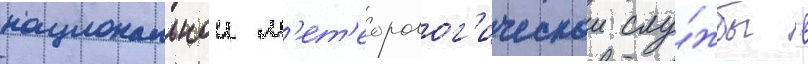
национальнои м'ет'еоролог'ическои слу́жбы в